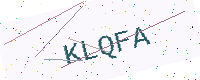
Text: KLQFA